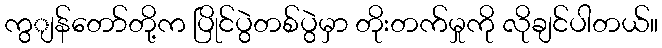
ကွျန်တော်တို့က ပြိုင်ပွဲတစ်ပွဲမှာ တိုးတက်မှုကို လိုချင်ပါတယ်။